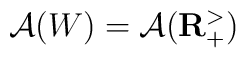
\mathcal{A}(W)=\mathcal{A}(\mathbf{R}_{+}^{>})